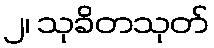
၂၊ သုခိတသုတ်